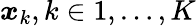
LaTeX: \boldsymbol{x}_{k},k\in{1,\ldots,K}